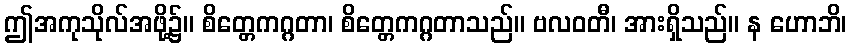
ဤအကုသိုလ်အဖို့၌။ စိတ္တေကဂ္ဂတာ၊ စိတ္တေကဂ္ဂတာသည်။ ဗလဝတီ၊ အားရှိသည်။ န ဟောဘိ၊